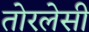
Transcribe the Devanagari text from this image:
तोरलेसी